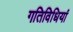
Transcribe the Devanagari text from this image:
गतिविधियां